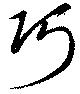
巧